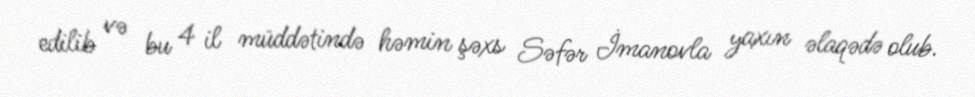
edilib və bu 4 il müddətində həmin şəxs Səfər İmanovla yaxın əlaqədə olub.